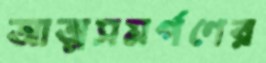
আত্মসমর্পণের